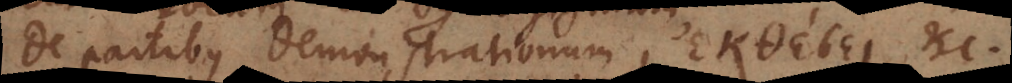
De partibus Demonstrationum, ε κθε